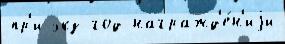
пр'и экз год награжд'е́н'иjи